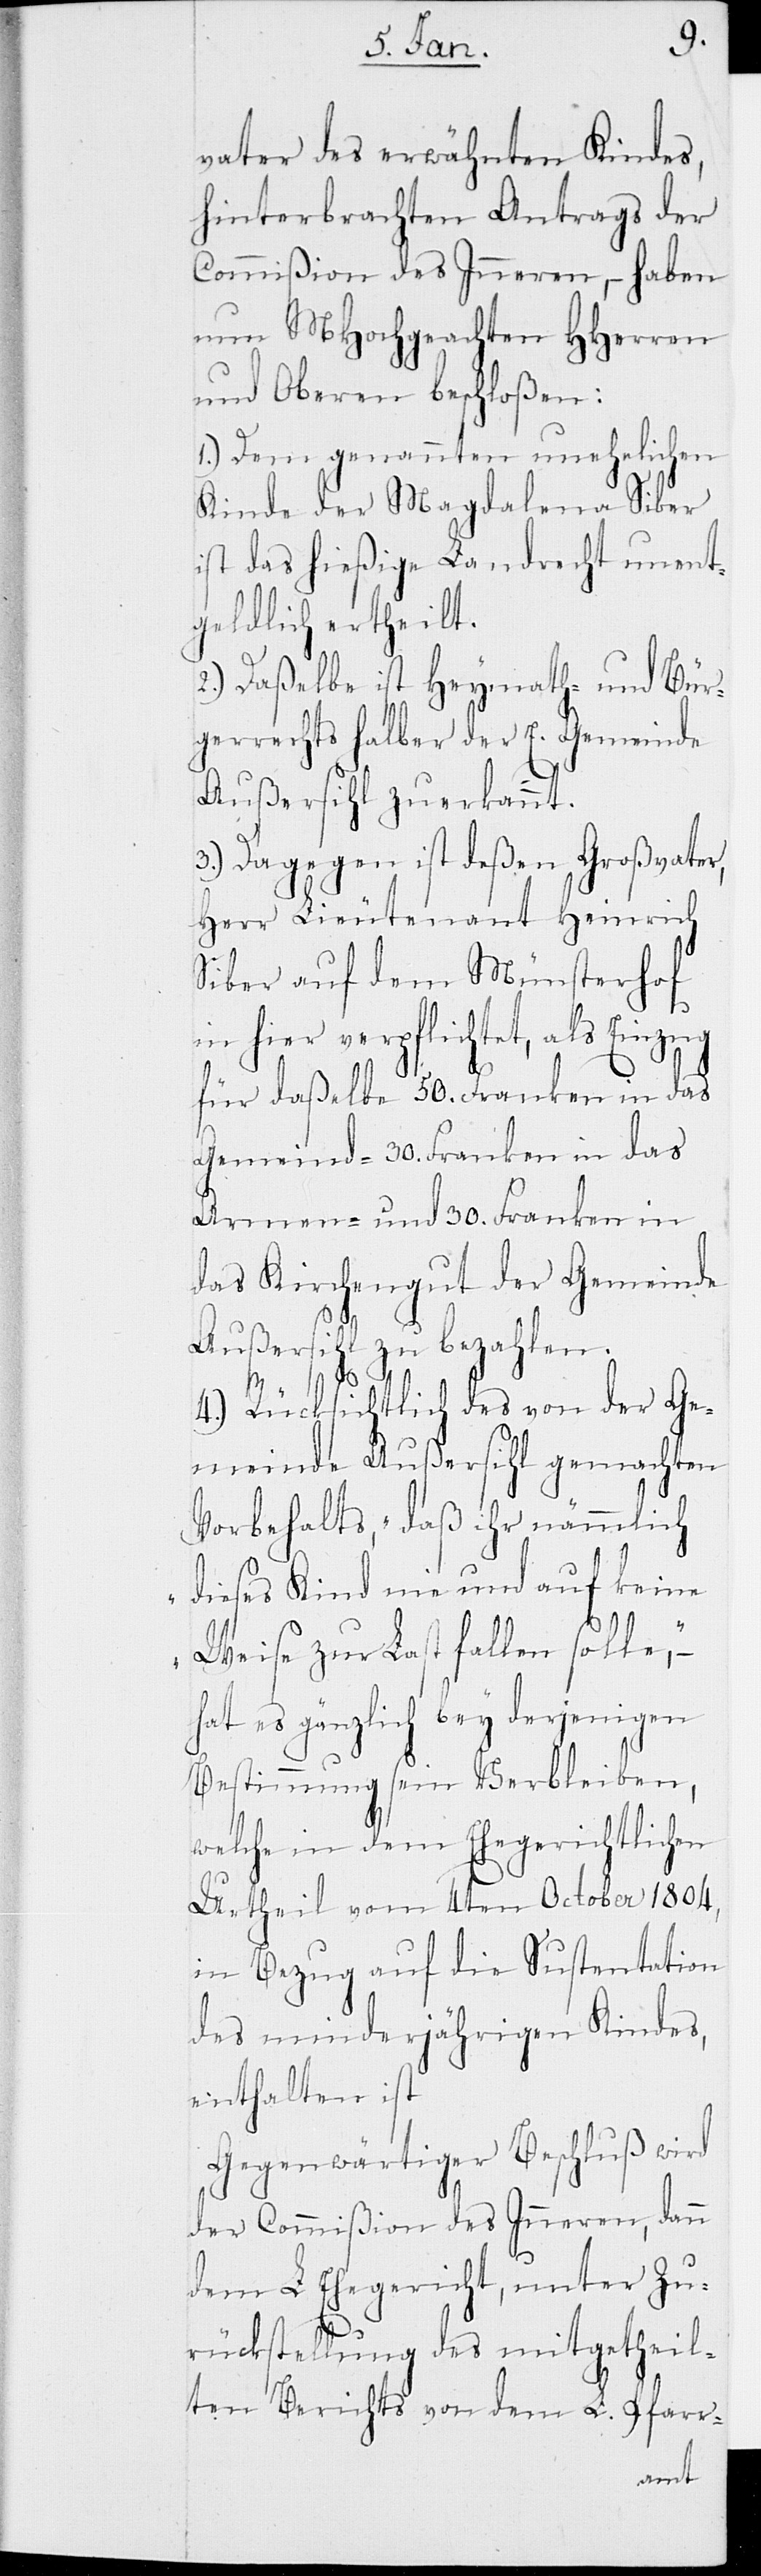
vater des erwähnten Kindes,
hinterbrachten Antrags der
Commißion des Inneren, – haben
nun MHochgeachten HHerren
und Oberen beschloßen:
1.) Dem genannten unehelichen
Kinde der Magdalena Siber
ist das hießige Landrecht unent¬
geldlich ertheilt.
2.) Daßelbe ist Heymath- und Bür¬
gerrechts halber der E. Gemeinde
Außersihl zuerkannt.
3.) Dagegen ist deßen Großvater,
Herr Lieutenant Heinrich
Siber auf dem Münsterhof
in hier verpflichtet, als Einzug
für daßelbe 50. Franken in das
Gemeind-[,] 30. Franken in das
Armen- und 30. Franken in
das Kirchengut der Gemeinde
Außersihl zu bezahlen.
4.) Rücksichtlich des von der Ge¬
meinde Außersihl gemachten
Vorbehalts, „daß ihr nämmlich
dieses Kind nie und auf keine
Weise zur Last fallen solle“, –
hat es gänzlich bey derjenigen
Bestimmung sein Verbleiben,
welche in dem Ehegerichtlichen
Urtheil vom 4ten October 1804,
in Bezug auf die Sustentation
des minderjährigen Kindes,
enthalten ist.
Gegenwärtiger Beschluß wird
der Commißion des Inneren, dann
dem L. Ehegericht, unter Zu¬
rückstellung des mitgetheil¬
ten Berichts von dem L. Pfarr-